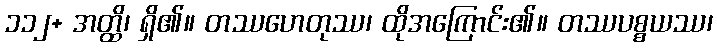
၁၁၂+ အတ္ထိ၊ ရှိ၏။ တဿဟေတုဿ၊ ထိုအကြောင်း၏။ တဿပစ္စယဿ၊